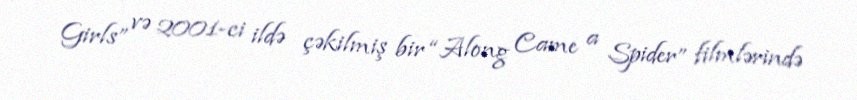
Girls” və 2001-ci ildə çəkilmiş bir “Along Came a Spider” filmlərində